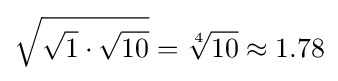
{\sqrt {{\sqrt {1}}\cdot {\sqrt {10}}}}={\sqrt[{4}]{10}}\approx 1.78